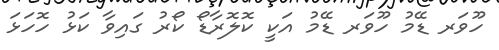
ހޫވަރ ޑޭމު ހޫވަރ ޑޭމު އަކީ ކޮލޮރާޑޯ ކޯރު ގައިވާ ކަޅު ހޮހަޅަ